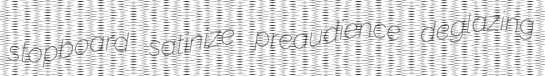
stopboard satinize preaudience deglazing